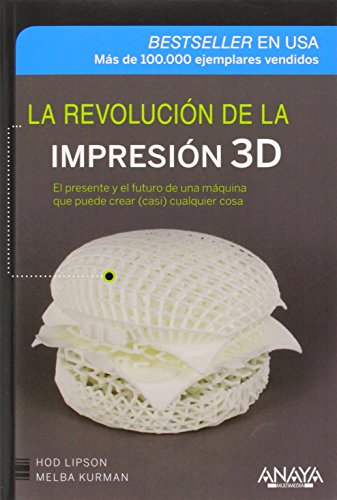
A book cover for La revoluciÃ³n de la impresiÃ³n 3D / The 3D printing revolution (Spanish Edition); Hod Lipson; Computers & Technology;